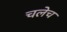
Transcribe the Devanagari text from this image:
चलेच